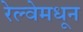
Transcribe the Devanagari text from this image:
रेल्वेमधून